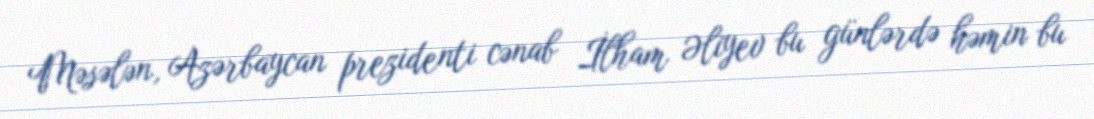
Məsələn, Azərbaycan prezidenti cənab İlham Əliyev bu günlərdə həmin bu